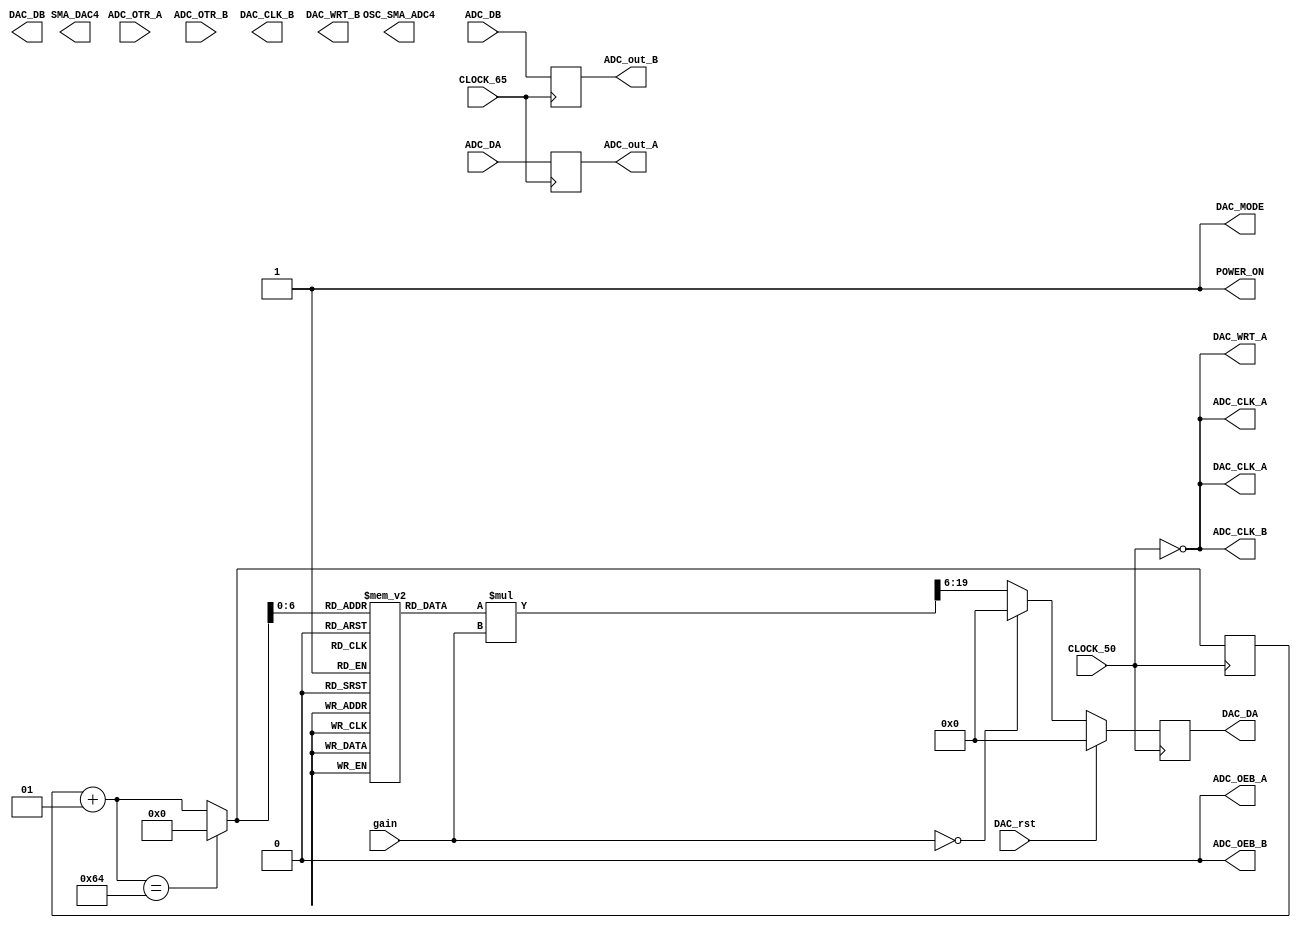
module jh_ADDA (
input		          		CLOCK_50,
input		          		CLOCK_65,
output		          	ADC_CLK_A,
output		          	ADC_CLK_B,
input		    [13:0]		ADC_DA,
input		    [13:0]		ADC_DB,
output		          	ADC_OEB_A,
output		          	ADC_OEB_B,
input		          		ADC_OTR_A,
input		          		ADC_OTR_B,
output		          	DAC_CLK_A,
output		          	DAC_CLK_B,
output       [13:0]		DAC_DA,
output		 [13:0]		DAC_DB,
output		          	DAC_MODE,
output		          	DAC_WRT_A,
output		          	DAC_WRT_B,
output		        		POWER_ON,
output                  OSC_SMA_ADC4,
output                  SMA_DAC4,
input							DAC_rst,
input			[5:0]			gain,
output		[13:0]		ADC_out_A,
output		[13:0]		ADC_out_B
						);

//=======================================================
//  REG/WIRE declarations
//=======================================================
reg [13:0] rom_memory [99:0];		// 50 Mhz/100 sample = 500 Khz sine wave 
integer i;

initial begin
	i = 0;
	rom_memory[0] = 8192; 
	rom_memory[1] = 8706; 
	rom_memory[2] = 9218; 
	rom_memory[3] = 9726; 
	rom_memory[4] = 10229; 
	rom_memory[5] = 10723; 
	rom_memory[6] = 11207; 
	rom_memory[7] = 11679; 
	rom_memory[8] = 12138; 
	rom_memory[9] = 12581; 
	rom_memory[10] = 13006; 
	rom_memory[11] = 13413; 
	rom_memory[12] = 13799; 
	rom_memory[13] = 14163; 
	rom_memory[14] = 14503; 
	rom_memory[15] = 14819; 
	rom_memory[16] = 15108; 
	rom_memory[17] = 15370; 
	rom_memory[18] = 15603; 
	rom_memory[19] = 15808; 
	rom_memory[20] = 15982; 
	rom_memory[21] = 16126; 
	rom_memory[22] = 16238; 
	rom_memory[23] = 16318; 
	rom_memory[24] = 16367; 
	rom_memory[25] = 16383; 
	rom_memory[26] = 16367; 
	rom_memory[27] = 16318; 
	rom_memory[28] = 16238; 
	rom_memory[29] = 16126; 
	rom_memory[30] = 15982; 
	rom_memory[31] = 15808; 
	rom_memory[32] = 15603; 
	rom_memory[33] = 15370; 
	rom_memory[34] = 15108; 
	rom_memory[35] = 14819; 
	rom_memory[36] = 14503; 
	rom_memory[37] = 14163; 
	rom_memory[38] = 13799; 
	rom_memory[39] = 13413; 
	rom_memory[40] = 13006; 
	rom_memory[41] = 12581; 
	rom_memory[42] = 12138; 
	rom_memory[43] = 11679; 
	rom_memory[44] = 11207; 
	rom_memory[45] = 10723; 
	rom_memory[46] = 10229; 
	rom_memory[47] = 9726; 
	rom_memory[48] = 9218; 
	rom_memory[49] = 8706; 
	rom_memory[50] = 8192; 
	rom_memory[51] = 7677; 
	rom_memory[52] = 7165; 
	rom_memory[53] = 6657; 
	rom_memory[54] = 6154; 
	rom_memory[55] = 5660; 
	rom_memory[56] = 5176; 
	rom_memory[57] = 4704; 
	rom_memory[58] = 4245; 
	rom_memory[59] = 3802; 
	rom_memory[60] = 3377; 
	rom_memory[61] = 2970; 
	rom_memory[62] = 2584; 
	rom_memory[63] = 2220; 
	rom_memory[64] = 1880; 
	rom_memory[65] = 1564; 
	rom_memory[66] = 1275; 
	rom_memory[67] = 1013; 
	rom_memory[68] = 780; 
	rom_memory[69] = 575; 
	rom_memory[70] = 401; 
	rom_memory[71] = 257; 
	rom_memory[72] = 145; 
	rom_memory[73] = 65; 
	rom_memory[74] = 16; 
	rom_memory[75] = 0; 
	rom_memory[76] = 16; 
	rom_memory[77] = 65; 
	rom_memory[78] = 145; 
	rom_memory[79] = 257; 
	rom_memory[80] = 401; 
	rom_memory[81] = 575; 
	rom_memory[82] = 780; 
	rom_memory[83] = 1013; 
	rom_memory[84] = 1275; 
	rom_memory[85] = 1564; 
	rom_memory[86] = 1880; 
	rom_memory[87] = 2220; 
	rom_memory[88] = 2584; 
	rom_memory[89] = 2970; 
	rom_memory[90] = 3377; 
	rom_memory[91] = 3802; 
	rom_memory[92] = 4245; 
	rom_memory[93] = 4704; 
	rom_memory[94] = 5176; 
	rom_memory[95] = 5660; 
	rom_memory[96] = 6154; 
	rom_memory[97] = 6657; 
	rom_memory[98] = 7165; 
	rom_memory[99] = 7677; 
end



//=======================================================
//  Structural coding
//=======================================================
////////////////////////////////////////////
// DAC for signal generator
reg		 [19:0]		sin_out;

assign  DAC_WRT_A = ~CLOCK_50;      //Input write signal for PORT A
assign  DAC_MODE = 1; 		       	//Mode Select. 1 = dual port, 0 = interleaved.
assign  DAC_CLK_A = ~CLOCK_50; 	   //PLL Clock to DAC_A
assign  DAC_DA = sin_out[13:0];				// A			
assign  POWER_ON  = 1;            //Disable OSC_SMA


always @(posedge CLOCK_50)											
begin
		i = i + 1;
		if(i == 100) i = 0;
		if (DAC_rst) 
			//sin_out = 8192;
			sin_out = 0;
		else	begin
			if (gain == 0) sin_out = 0;//sin_out = 8192;
			else	sin_out = (rom_memory[i] * gain) >> 6;
			 
		end 
		
end


/////////////////////////////////////////
// ADC for monitoring voltage
reg		 [13:0]		r_ADC_DA;
reg		 [13:0]		r_ADC_DB;

assign  ADC_OEB_A = 0; 		  	    //ADC_OEA	0: enable, 1: disable
assign  ADC_OEB_B = 0; 		  	    //ADC_OEA	0: enable, 1: disable
assign  ADC_CLK_A = ~CLOCK_50;
assign  ADC_CLK_B = ~CLOCK_50;  	    //PLL Clock to ADC_B
assign  ADC_out_A = r_ADC_DA;
assign  ADC_out_B = r_ADC_DB;

always @ (posedge CLOCK_65) 
begin
	r_ADC_DA <= ADC_DA;
	r_ADC_DB <= ADC_DB;
end

endmodule